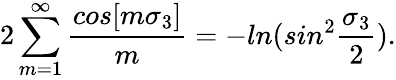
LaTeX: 2\sum_{m=1}^{\infty}{\frac{cos[m\sigma_{3}]}{m}}=-ln(sin^{2}{\frac{\sigma_{3}}{2}}).